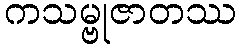
ကသမ္ဗုဇာတဿ